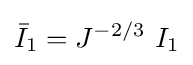
{\bar {I}}_{1}=J^{-2/3}~I_{1}